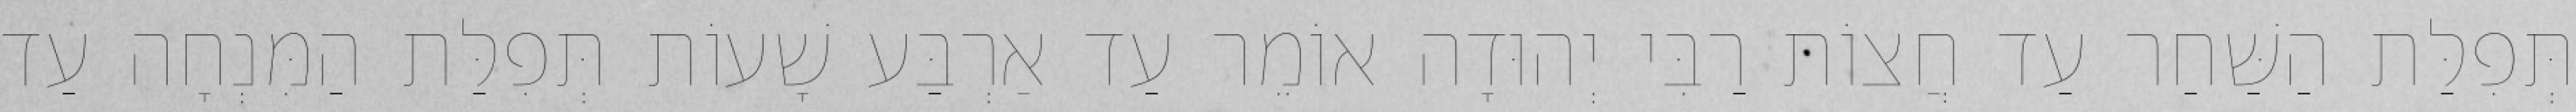
תְּפִלַּת הַשַּׁחַר עַד חֲצוֹת רַבִּי יְהוּדָה אוֹמֵר עַד אַרְבַּע שָׁעוֹת תְּפִלַּת הַמִּנְחָה עַד